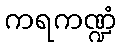
ကရကဏ္ဍံ